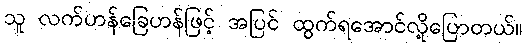
သူ လက်ဟန်ခြေဟန်ဖြင့် အပြင် ထွက်ရအောင်လို့ပြောတယ်။